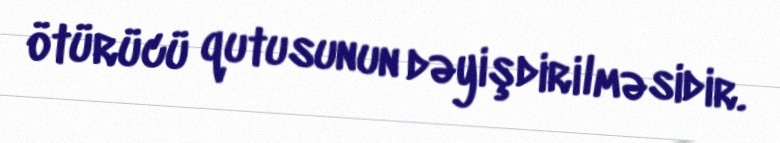
ötürücü qutusunun dəyişdirilməsidir.